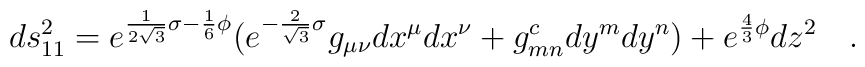
ds_{11}^2 = e^{\frac{1}{2 \sqrt{3}} \sigma - \frac{1}{6}\phi} (e^{-\frac{2}{\sqrt{3}} \sigma}g_{\mu \nu} dx^\mu dx^\nu + g^c_{mn} dy^mdy^n) + e^{\frac{4}{3} \phi} dz^2 \quad .